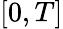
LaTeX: [0,T]